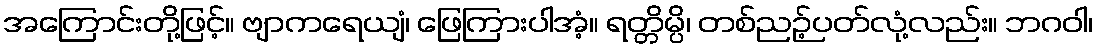
အကြောင်းတို့ဖြင့်။ ဗျာကရေယျံ၊ ဖြေကြားပါအံ့။ ရတ္တိမ္ပိ၊ တစ်ညဉ့်ပတ်လုံ့လည်း။ ဘဂဝါ၊